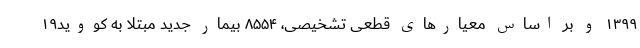
۱۳۹۹ و بر اساس معیارهای قطعی تشخیصی، ۸۵۵۴ بیمار جدید مبتلا به کووید۱۹